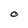
Character: O